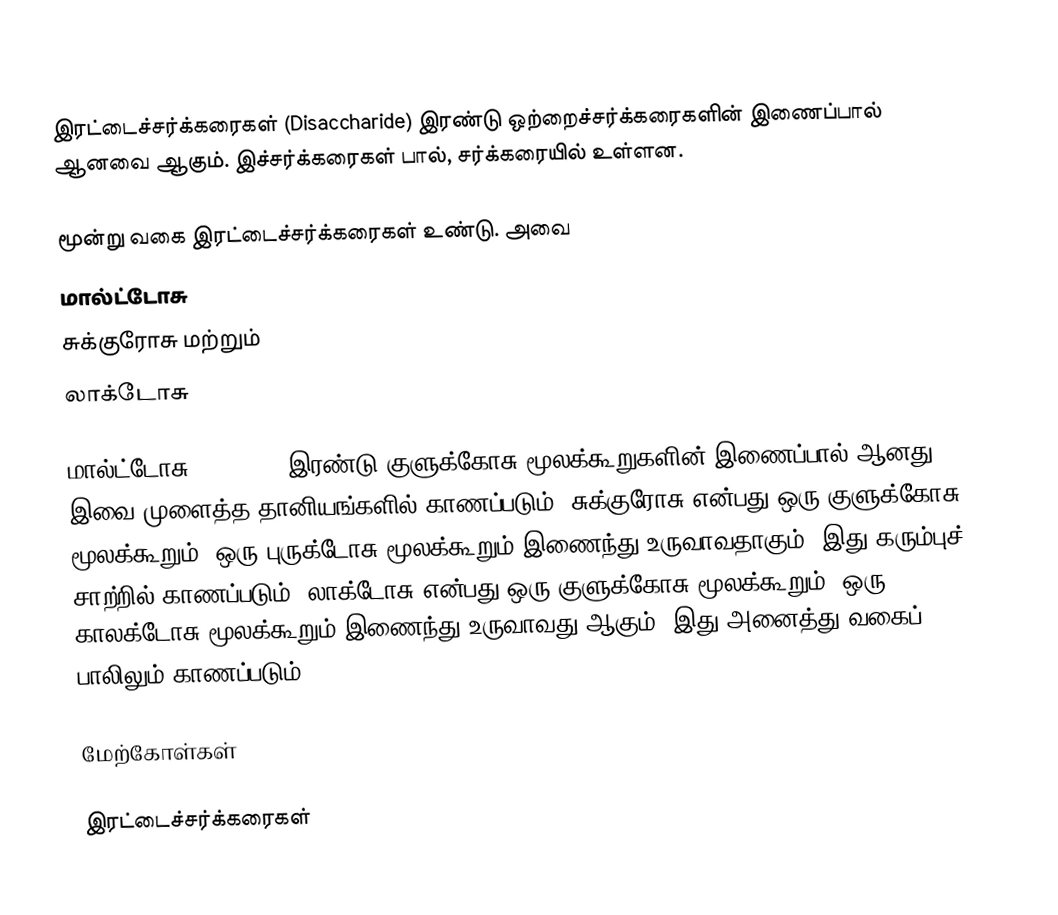
இரட்டைச்சர்க்கரைகள் (Disaccharide) இரண்டு ஒற்றைச்சர்க்கரைகளின் இணைப்பால் ஆனவை ஆகும். இச்சர்க்கரைகள் பால், சர்க்கரையில் உள்ளன.

மூன்று வகை இரட்டைச்சர்க்கரைகள் உண்டு. அவை
 மால்ட்டோசு
 சுக்குரோசு மற்றும்
 லாக்டோசு

மால்ட்டோசு (Maltose) இரண்டு குளுக்கோசு மூலக்கூறுகளின் இணைப்பால் ஆனது. இவை முளைத்த தானியங்களில் காணப்படும். சுக்குரோசு என்பது ஒரு  குளுக்கோசு மூலக்கூறும், ஒரு புருக்டோசு மூலக்கூறும் இணைந்து உருவாவதாகும். இது கரும்புச் சாற்றில் காணப்படும்.  லாக்டோசு என்பது ஒரு குளுக்கோசு மூலக்கூறும், ஒரு காலக்டோசு மூலக்கூறும் இணைந்து உருவாவது ஆகும். இது அனைத்து வகைப் பாலிலும் காணப்படும்.

மேற்கோள்கள்

இரட்டைச்சர்க்கரைகள்